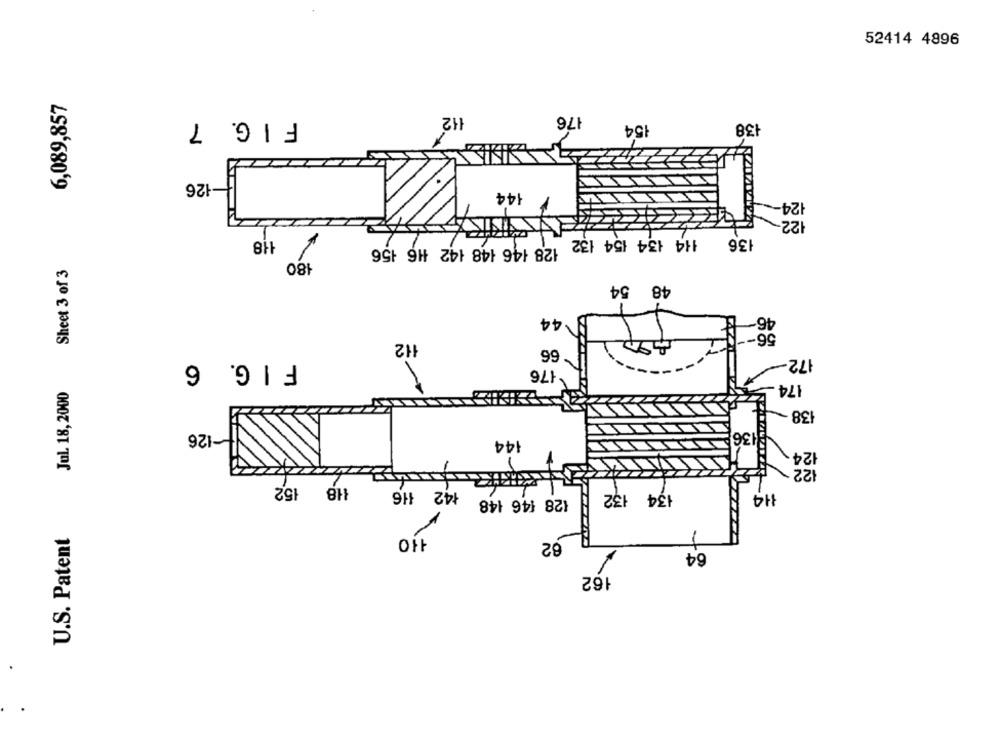
52414 4896
6,089,857
42
176
FIG. 7
154
138
-126
144
124-
122-
118
136
114 134 154 132 128 146 148 142 #16 156
180
Sheet 3 of 3
48 54
.44
112
66
FIG. 6
172.
176
174
Jul. 18, 2000
138
1-126
1136
144
124
7
122
118 152
142 116
134 132
128 146 148
U.S. Patent
110
62
64
162